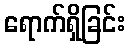
ရောက်ရှိခြင်း